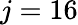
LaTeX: j=16